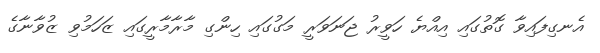
އެނގިފައިވާ ގޮތުގައި އިއްޔެ ހަވީރު ޖަނަވަރީ މަގުގައި ހިންގި މާރާމާރީގައި ޒަހަމުވި ޒުވާނާގެ